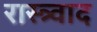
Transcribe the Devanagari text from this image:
रास्त्र्वाद